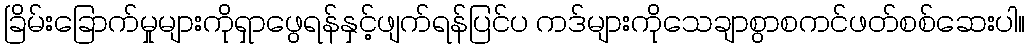
ခြိမ်းခြောက်မှုများကိုရှာဖွေရန်နှင့်ဖျက်ရန်ပြင်ပ ကဒ်များကိုသေချာစွာစကင်ဖတ်စစ်ဆေးပါ။